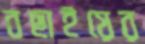
বছাইয়ের